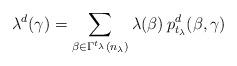
LaTeX: \begin{align*} \lambda^d(\gamma) = \sum_{\beta \in \Gamma^{t_\lambda}(n_\lambda)} \lambda(\beta) \, p_{t_\lambda}^d (\beta, \gamma)\end{align*}